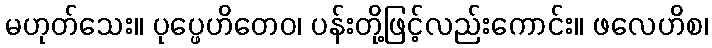
မဟုတ်သေး။ ပုပ္ဖေဟိတေဝ၊ ပန်းတို့ဖြင့်လည်းကောင်း။ ဖလေဟိစ၊